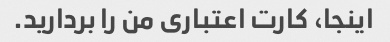
اینجا، کارت اعتباری من را بردارید.